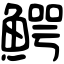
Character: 鰐